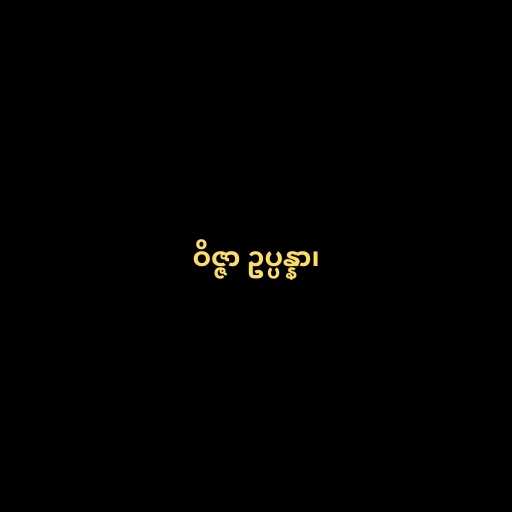
ဝိဇ္ဇာ ဥပ္ပန္နာ၊